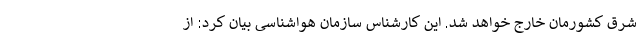
شرق کشورمان خارج خواهد شد. این کارشناس سازمان هواشناسی بیان کرد: از